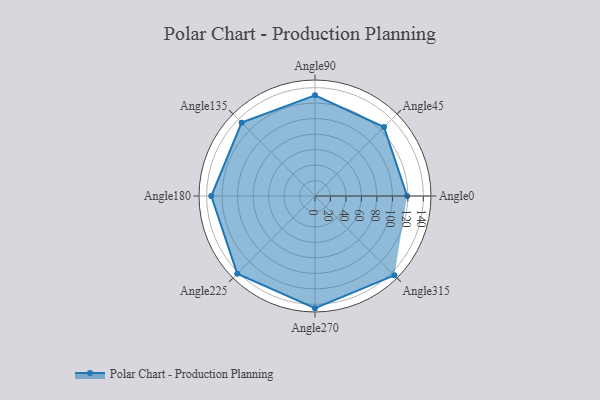
{"axis": {"x": "Angle", "y": "Radius"}, "legend": [""], "data": [{"x": "Angle0", "y": 119.0, "type": ""}, {"x": "Angle45", "y": 126.0, "type": ""}, {"x": "Angle90", "y": 130.0, "type": ""}, {"x": "Angle135", "y": 134.0, "type": ""}, {"x": "Angle180", "y": 134.0, "type": ""}, {"x": "Angle225", "y": 142.0, "type": ""}, {"x": "Angle270", "y": 145.0, "type": ""}, {"x": "Angle315", "y": 145.0, "type": ""}]}